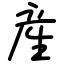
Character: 産